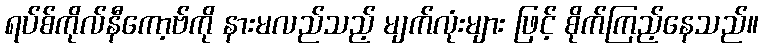
ရပ်စ်ကိုလ်နီကော့ဗ်ကို နားမလည်သည့် မျက်လုံးများ ဖြင့် စိုက်ကြည့်နေသည်။